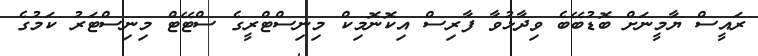
ރައީސް ޔާމީނަށް ބޮޑުބޭބެ ވިދާޅުވާ ފާރިސް އިކޮނޮމިކް މިނިސްޓްރީގެ ސްޓޭޓް މިނިސްޓަރު ކަމުގެ